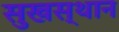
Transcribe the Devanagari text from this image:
सुखस्थान